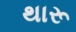
થારૂ